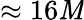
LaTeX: \approx16\mathit{M}